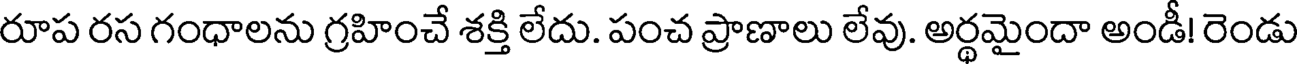
రూప రస గంధాలను గ్రహించే శక్తి లేదు. పంచ ప్రాణాలు లేవు. అర్థమైందా అండీ! రెండు